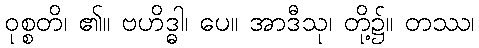
ဝုစ္စတိ၊ ၏။ ဗဟိဒ္ဓါ၊ ပေ။ အာဒီသု၊ တို့၌။ တဿ၊